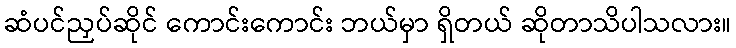
ဆံပင်ညှပ်ဆိုင် ကောင်းကောင်း ဘယ်မှာ ရှိတယ် ဆိုတာသိပါသလား။